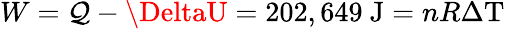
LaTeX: W=\mathcal{Q}-\DeltaU=202,649{\mathrm{{~J}}}=nR\Delta\mathrm{{T}}